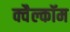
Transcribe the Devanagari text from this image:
क्वैल्कॉम